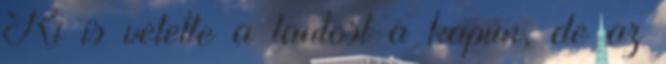
Ki is vetette a lantost a kapun, de az